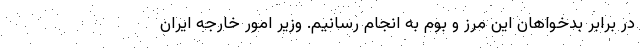
در برابر بدخواهان این مرز و بوم به انجام رسانیم. وزیر امور خارجه ایران